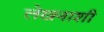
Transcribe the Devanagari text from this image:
लेखनाशी